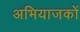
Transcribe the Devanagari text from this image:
अभियाजकों